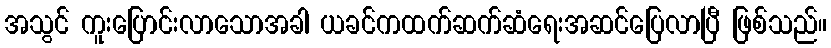
အသွင် ကူးပြောင်းလာသောအခါ ယခင်ကထက်ဆက်ဆံရေးအဆင်ပြေလာပြီ ဖြစ်သည်။